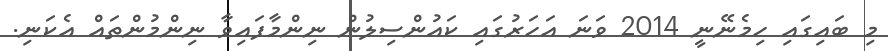
މި ބައިގައި ހިމެނޭނީ 2014 ވަނަ އަހަރުގައި ކައުންސިލުން ނިންމާފައިވާ ނިންމުންތައް އެކަނި.